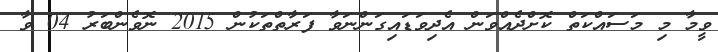
ވީމާ މި މަސައްކަތް ކޮށްދެއްވަން އެދިވަޑައިގަންނަވާ ފަރާތްތަކުން 2015 ނޮވެންބަރު 04 ވާ